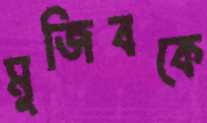
মুজিবকে